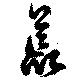
荒